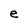
Character: e